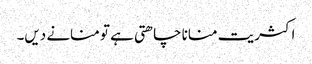
اکثریت منانا چاھتی ہے تو منانے دیں۔